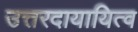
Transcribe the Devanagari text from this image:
उत्तरदायायित्व